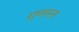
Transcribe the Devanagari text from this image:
गुणरस्त